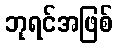
ဘုရင်အဖြစ်